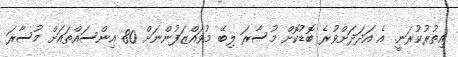
އިތުރުކުރަނީ. އެ އަދަދަށްވުރެ ބޮޑުކޮށް މުސާރަ ލިބޭ މުވައްޒަފުންނަށް 80 އިންސައްތައަށް މުސާރަ